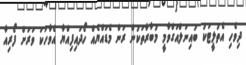
ދިވެހި އެތުލީޓަކު ބައިނަލްއަގްވާމީ މުބާރާތަކުން ރަން މެޑައްޔެއް ހޯދައިފިއްޔާ އެވާހަކަ ވަރަށް ފޯރިއާ